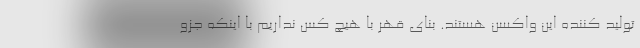
تولید کننده این واکسن هستند. بنای قهر با هیچ کس نداریم با اینکه جزو